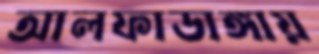
আলফাডাঙ্গায়